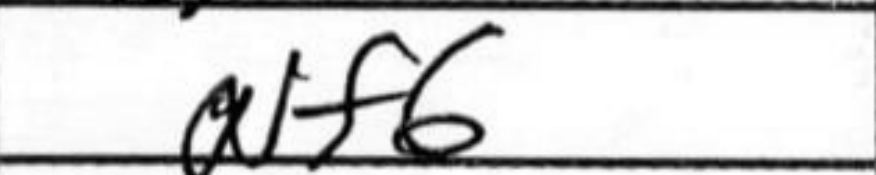
Transcription: Nf6